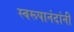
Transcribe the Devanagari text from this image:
स्वरूपानंदांनी